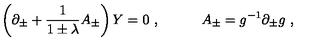
\left( \partial _ { \pm } + { \frac { 1 } { 1 \pm \lambda } } A _ { \pm } \right) Y = 0 \ , \quad \quad \quad A _ { \pm } = g ^ { - 1 } \partial _ { \pm } g \ ,